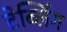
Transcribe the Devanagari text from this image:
टेब्लिंग